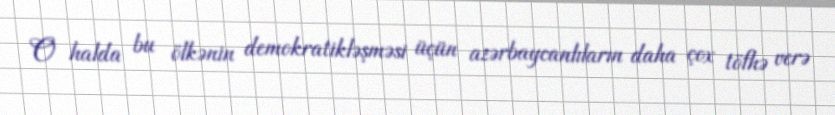
O halda bu ölkənin demokratikləşməsi üçün azərbaycanlıların daha çox töfhə verə